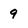
Character: 9